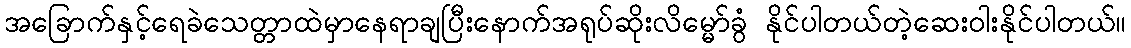
အခြောက်နှင့်ရေခဲသေတ္တာထဲမှာနေရာချပြီးနောက်အရုပ်ဆိုးလိမ္မော်ခွံ နိုင်ပါတယ်တဲ့ဆေးဝါးနိုင်ပါတယ်။